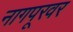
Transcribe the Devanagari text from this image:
नागपूरवर